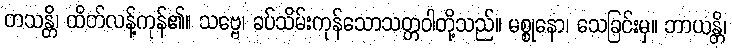
တသန္တိ၊ ထိတ်လန့်ကုန်၏။ သဗ္ဗေ၊ ခပ်သိမ်းကုန်သောသတ္တဝါတို့သည်။ မစ္စုနော၊ သေခြင်းမှ။ ဘာယန္တိ၊